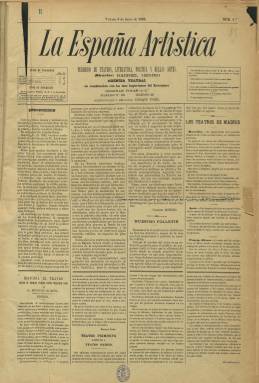
Título: La España artística (Madrid. 1888)
Colección: Cultura || Teatro
Ámbito geográfico: Madrid
Lugar de publicación: Madrid
Fechas: 08/06/1888-11/06/1893

Con este mismo título hubo una publicación efímera 30 años antes con parecido contenido aunque más inclinada a la música. La España artística que comenzó a publicarse en 1888 estaba volcada en el teatro y servía de plataforma a una Agencia teatral que ponía en contacto a actores y compañías. Se publicitaba en sus mismas páginas como Centro general de contratación de artistas y formación de compañías de ópera, zarzuela, declamación y baile.

   La publicación, de cuatro páginas y compuesta a cuatro columnas, incluía reseñas de los estrenos en los teatros de Madrid, de las giras por España de las compañías y de las obras representadas en Europa y América. En el primer número comenzó a publicarse un folletín sobre la “Historia del teatro desde su origen primitivo hasta nuestros días” a cargo de Enrique Zumel, que figuraba como administrador y redactor del semanario. Su director, Gabriel Merino, lo había sido también de El Arte, que desde 1882 había tenido el mismo objetivo de ser punto de encuentro de profesionales del sector.

   Debido a su condición de plataforma de comunicación de una empresa mediadora, la publicación incluía en su cabecera un apartado de correos y un número de teléfono para agilizar los contactos. Hacía tan sólo una docena de años que el teléfono había sido inventado, lo que sugiere que Madrid no iba muy a la zaga de las grandes capitales europeas.

  En su última página, dedicada a anuncios comerciales, se daba una relación de artistas disponibles para zarzuela y declamación, así como las tarifas que cobraba la Agencia teatral.

La portada acogía noticias del mundo teatral y a veces artículos de fondo. Así, en el número 11 de 23 de agosto de 1888, bajo el epígrafe ‘La libertad del teatro’, el erudito y políglota asturiano Antonio Balbín de Unquera publicó un artículo defendiendo la libertad para la sátira dramática de los políticos contemporáneos. “Si la prensa es libre, debe serlo también el teatro”, exclamaba en defensa de la parodia en las tablas de ministros y políticos en general, algo que era relativamente reciente en el teatro pues había comenzado con la revolución de 1868, la Gloriosa.

  A partir de 16 de agosto de 1892 comenzó a publicar también en la portada, aunque de manera irregular, una galería de retratos de artistas. El primero es un grabado tomado de un dibujo de José Sigler, primer barítono de la zarzuela, pero progresivamente los retratos pasaron a ser fotograbados.

    El semanario publicó también obras dramáticas por entregas, con autores como los hermanos Echegaray, José y Miguel, el primero de ellos toda una celebridad en la época por su condición de político, matemático y dramaturgo. Prestigio que se vio coronado por el Premio Nobel de Literatura en 1904.

[Descripción publicada el 26/7/2018]